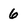
Character: 6